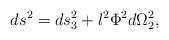
LaTeX: \begin{align*}ds^{2}=ds_{3}^{2}+l^{2}\Phi ^{2}d\Omega _{2}^{2},\end{align*}